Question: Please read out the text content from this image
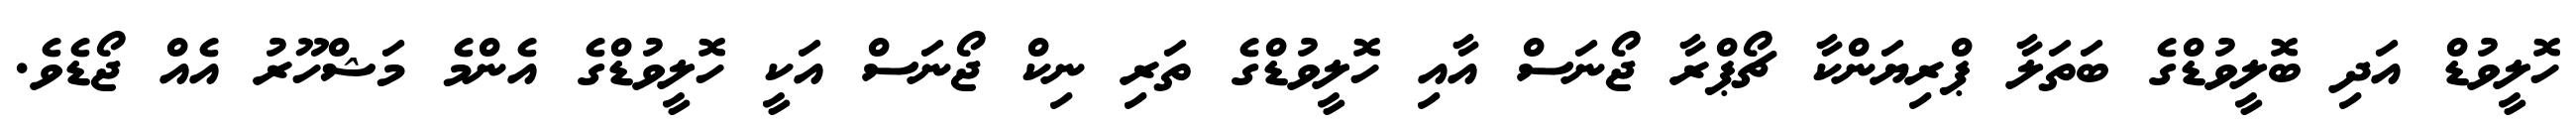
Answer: ހޮލީވުޑް އަދި ބޮލީވުޑްގެ ބަތަލާ ޕްރިޔަންކާ ޗޯޕްރާ ޖޯނަސް އާއި ހޮލީވުޑްގެ ތަރި ނިކް ޖޯނަސް އަކީ ހޮލީވުޑްގެ އެންމެ މަޝްހޫރު އެއް ޖޯޑެވެ.